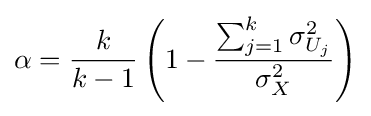
\alpha ={\frac {k}{k-1}}\left(1-{\frac {\sum _{j=1}^{k}\sigma _{U_{j}}^{2}}{\sigma _{X}^{2}}}\right)